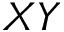
X Y